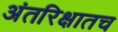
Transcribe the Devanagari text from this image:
अंतरिक्षातच